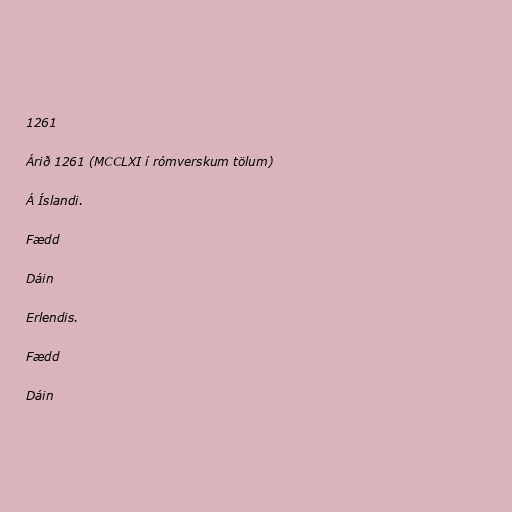
1261

Árið 1261 (MCCLXI í rómverskum tölum)

Á Íslandi.

Fædd

Dáin

Erlendis.

Fædd

Dáin